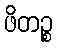
ဖိတဉ္စ